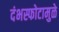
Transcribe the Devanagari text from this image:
दंभस्फोटामुळे